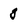
Character: g